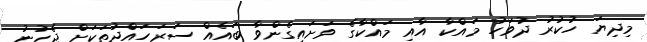
މިދިޔަ ހުކުރު ދުވަހު މައްކާ އާއި މައްކާގެ ވަށައިގެންވާ ބައެއް ސަރަހައްދުތަކަށް ޖެހުނު